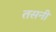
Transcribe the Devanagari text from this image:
तसनी